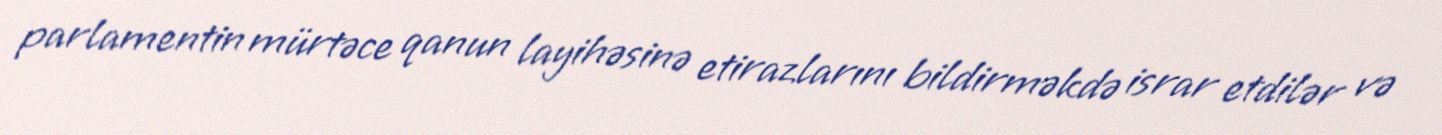
parlamentin mürtəce qanun layihəsinə etirazlarını bildirməkdə israr etdilər və